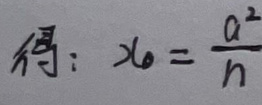
得：\(x_0=\frac{a^2}{n}\)